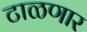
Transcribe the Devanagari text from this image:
टाळणार